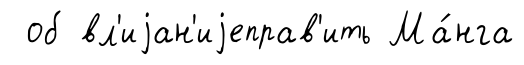
об вл'иjан'иjеправ'ить Ма́нга